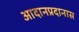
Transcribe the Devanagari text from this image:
आदानप्रदानास